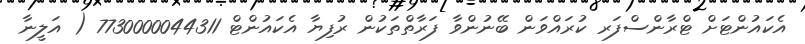
އެކައުންޓަށް ޓްރާންސްފަރ ކުރައްވަން ބޭނުންވާ ފަރާތްތަކުން ރުފިޔާ އެކައުންޓް 7730000044311 ( އަލީނާ